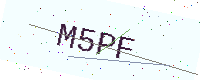
Text: M5PF